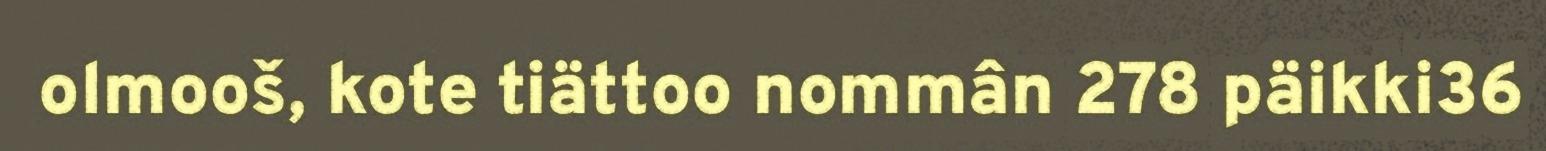
olmooš, kote tiättoo nommân 278 päikki36